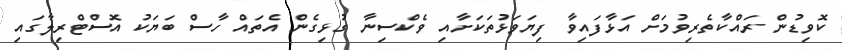
ކޮވިޑުން ރައްކާތެރިވުމަށް އަޅާފައިވާ ފިޔަވަޅުތަކަށާއި ވެކްސިނާ ގުޅިގެން އެތައް ހާސް ބަޔަކު އޮސްޓްރިލާގައި